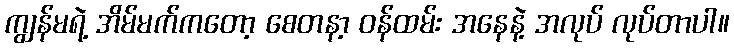
ကျွန်မရဲ့ အိမ်မက်ကတော့ စေတနာ့ ဝန်ထမ်း အနေနဲ့ အလုပ် လုပ်တာပါ။